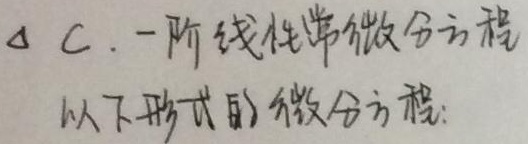
C. 一阶线性常微分方程以下形式的微分方程: